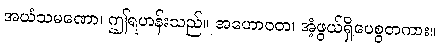
အယံသမဏော၊ ဤရဟန်းသည်။ အဟောဝတ၊ အံ့ဖွယ်ရှိပေစွတကား။